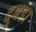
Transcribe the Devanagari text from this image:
दुबडा